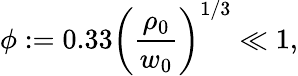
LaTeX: \phi:=0.33\left(\frac{\rho_{0}}{w_{0}}\right)^{1/3}\ll 1,